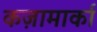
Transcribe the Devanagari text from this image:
कज़ामार्का